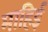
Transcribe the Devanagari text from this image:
माहिई